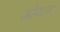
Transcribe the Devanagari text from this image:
ओयलर